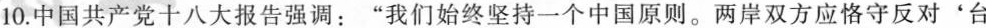
10.中国共产党十八大报告强调：”我们始终坚持一个中国原则。两岸双方应恪守反对'台